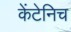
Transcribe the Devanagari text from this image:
केंटेनिच